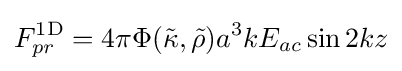
F_{pr}^{\rm {1D}}=4\pi \Phi ({\tilde {\kappa }},{\tilde {\rho }})a^{3}kE_{ac}\sin {2kz}